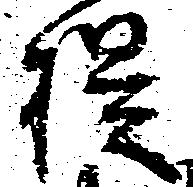
提